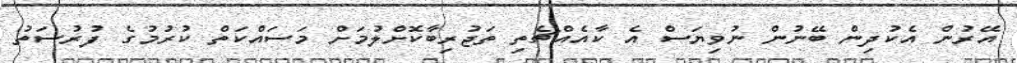
އޭރުން އެކުދިން ބޭނުން ނުވިޔަސް އެ ކާއެއްޗެތި ތަޖުރިބާކޮށްލުމަށް މަސައްކަތް ކުރުމުގެ ފުރުސަތު